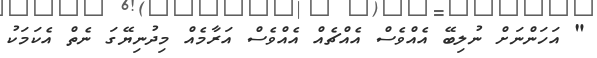
" އަހަންނަށް ނުލިބޭ އެއްވެސް އެއްޗެއް އެއްވެސް އަރާމެއް މިދުނިޔޭގަ ނެތް އެކަމަކު